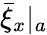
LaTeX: {\bar{\xi}_{x}}|_{a}